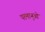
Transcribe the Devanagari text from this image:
परमाणुओ